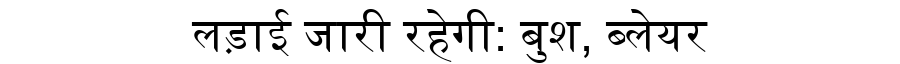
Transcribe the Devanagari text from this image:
लड़ाई जारी रहेगी: बुश, ब्लेयर